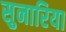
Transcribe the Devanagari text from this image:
सुनारिया